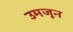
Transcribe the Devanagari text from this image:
उमजून